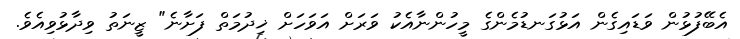
އެބޭފުޅުން ވަޑައިގެން އަޅުގަނޑުމެންގެ މީހުންނާއެކު ވަރަށް އަވަހަށް ޚިދުމަތް ފަށާނެ" ޒީނަތު ވިދާޅުވިއެވެ.